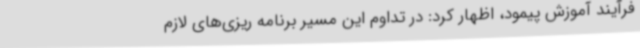
فرآیند آموزش پیمود، اظهار کرد: در تداوم این مسیر برنامه ریزی‌های لازم